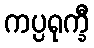
ကပ္ပရုက္ခီ